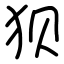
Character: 狈